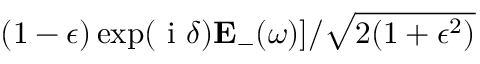
( 1 - \epsilon ) \exp ( \mathrm { ~ i ~ } \delta ) \mathbf { E } _ { - } ( \omega ) ] / \sqrt { 2 ( 1 + \epsilon ^ { 2 } ) }